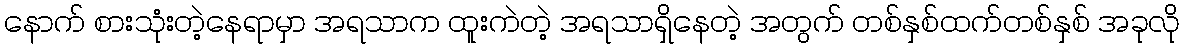
နောက် စားသုံးတဲ့နေရာမှာ အရသာက ထူးကဲတဲ့ အရသာရှိနေတဲ့ အတွက် တစ်နှစ်ထက်တစ်နှစ် အခုလို